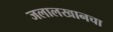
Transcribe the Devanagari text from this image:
जलालखानचा